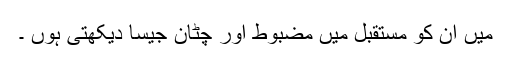
میں ان کو مستقبل میں مضبوط اور چٹان جیسا دیکھتی ہوں ۔